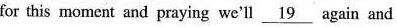
for this moment and praying we'll \underline_[19} again and